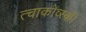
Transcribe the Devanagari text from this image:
त्चाकोव्स्की